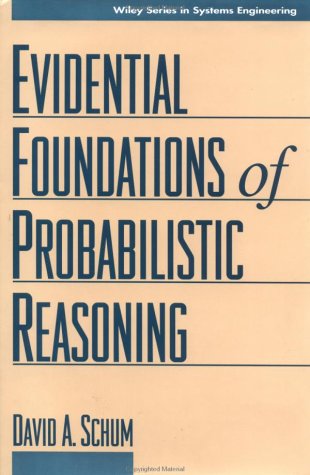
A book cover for The Evidential Foundations of Probabilistic Reasoning (Wiley Series in Systems Engineering and Management); David A. Schum; Computers & Technology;